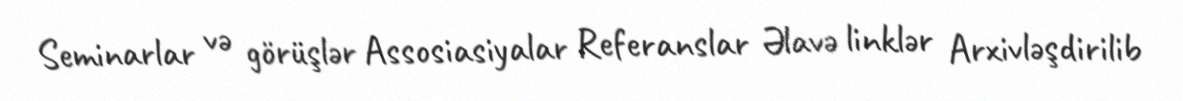
Seminarlar və görüşlər Assosiasiyalar Referanslar Əlavə linklər Arxivləşdirilib